Tartu_pedagoogiumi_aruanded, lk 5
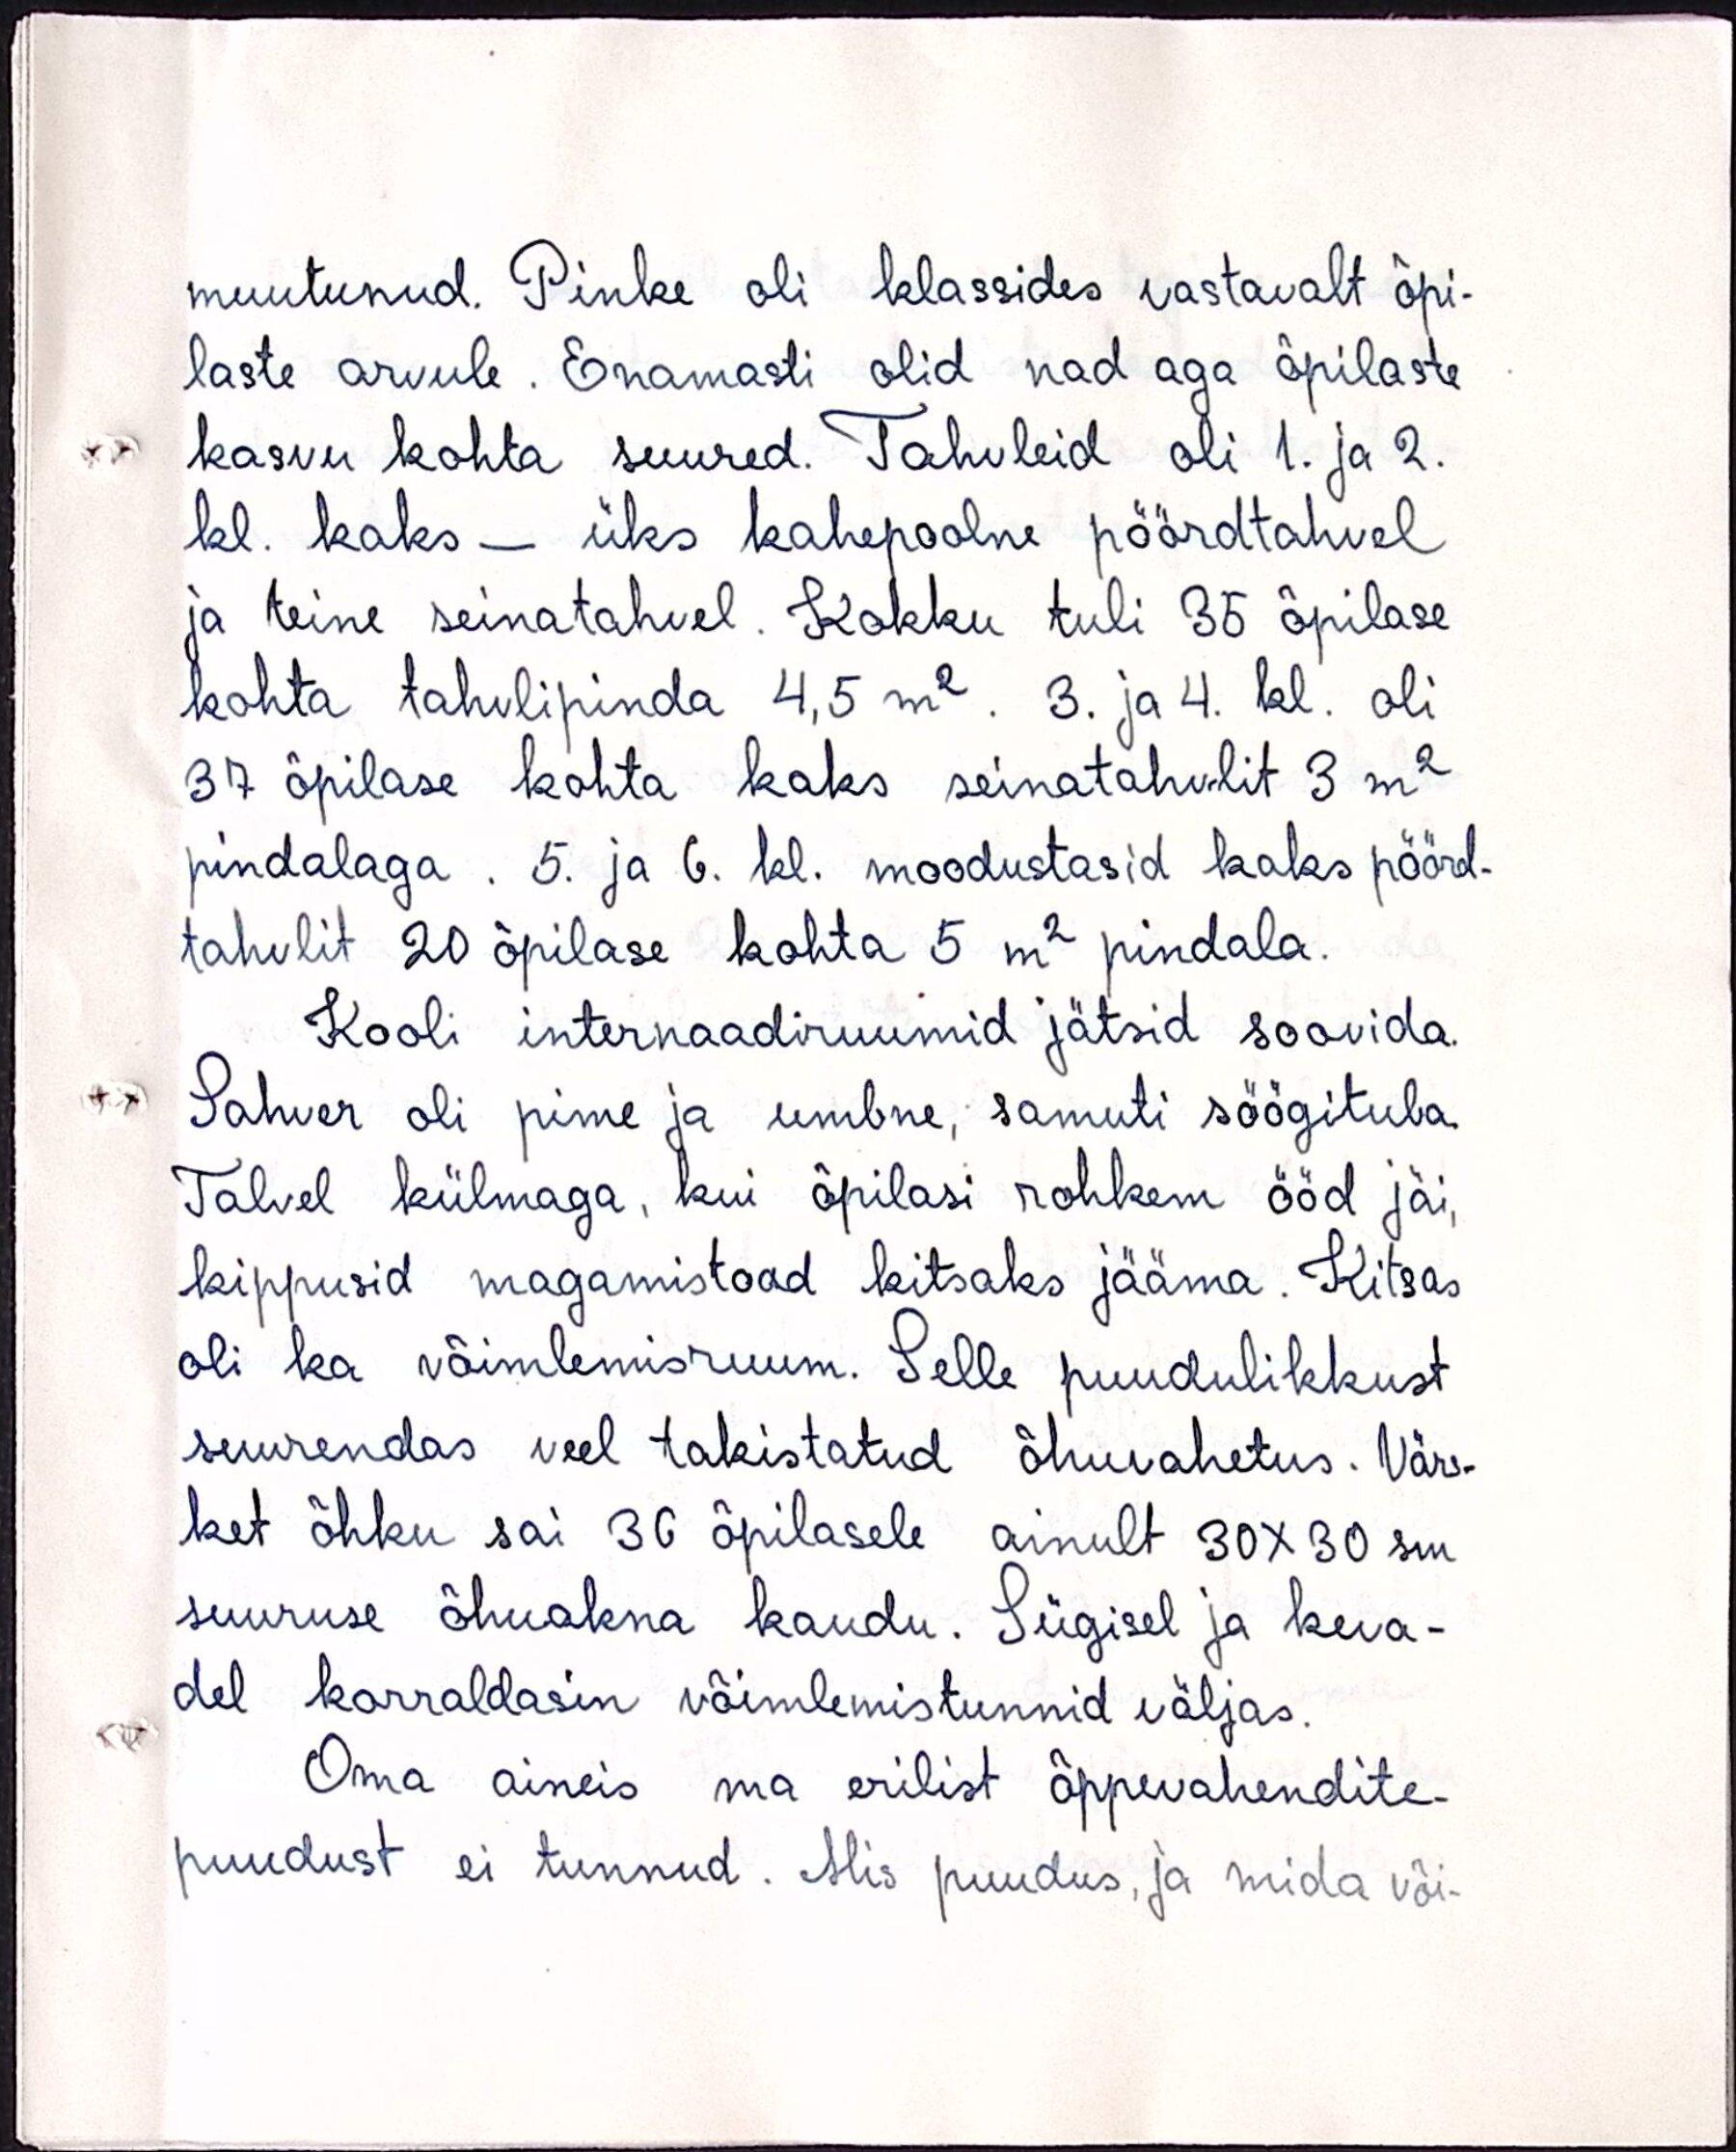
muutunud. Pinke oli klassides vastavalt õpi-
laste arvule. Enamasti olid nad aga õpilaste
kasvu kohta suured. Tahvleid oli 1. ja 2.
kl. kaks - üks kahepoolne pöördtahvel
ja teine seinatahvel. Kokku tuli 35 õpilase
kohta tahvlipinda 4,5 m2. 3. ja 4. kl. oli
37 õpilase kohta kaks seinatahvlit 3m2
pindalaga. 5. ja 6. kl. moodustasid kaks pöörd-
tahvlit 20 õpilase kohta 5 m2 pindala.
Kooli internaadiruumid jätsid soovida.
Sahver oli pime ja umbne, samuti söögituba
Talvel külmaga, kui õpilasi rohkem ööd jäi,
kippusid magamistoad kitsaks jääma. Kitsas
oli ka võimlemisruum. Selle puudulikkust
suurendas veel takistatud õhuvahetus. Värs-
ket õhku sai 36 õpilasele ainult 30X30 sm.
suuruse õhuakna kaudu. Sügisel ja keva-
del korraldasin võimlemistunnid väljas.
Oma aineis ma erilist õppevahendite-
puudust ei tunnud. Mis puudus, ja mida või-